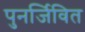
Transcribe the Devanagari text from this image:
पुनर्जिवित